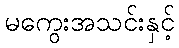
မကွေးအသင်းနှင့်